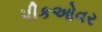
પીકઓવર